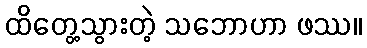
ထိတွေ့သွားတဲ့ သဘောဟာ ဖဿ။